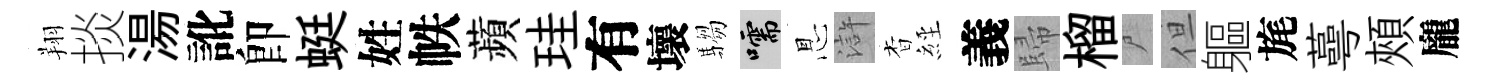
翔掞湯訛卽蜓姓帙蘋珪有壞騶嚅㤙滸杳𦀇義歸榴尸但軀旄蕚頰龐